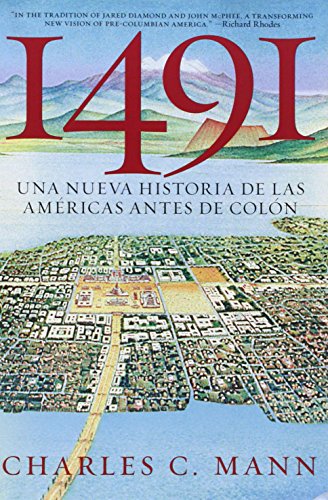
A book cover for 1491: Una nueva historia de la Americas antes de Colon (Spanish Edition); Charles C. Mann; History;